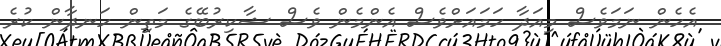
އެހެން ނަމަވެސް މިއަދާ ހަމައަށްވެސް އެންމެން ވެސް ޝާކިރުބޭގެ މަތިން ހަނދާން ކުރެ